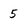
Character: 5